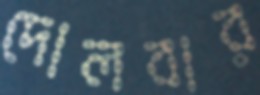
দোলবার